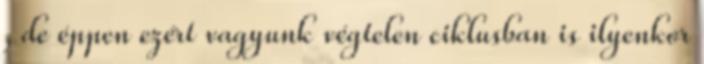
, de éppen ezért vagyunk végtelen ciklusban is ilyenkor